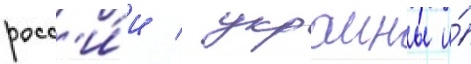
росс'и́и / украины и́